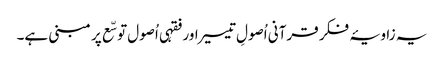
یہ زاویۂ فکر قرآنی اُصولِ تیسیر اور فقہی اُصول توسّع پر مبنی ہے۔